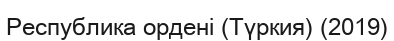
Республика ордені (Түркия) (2019)